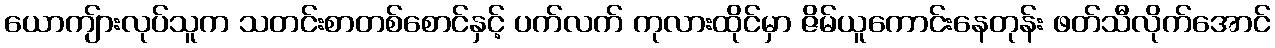
ယောကျ်ားလုပ်သူက သတင်းစာတစ်စောင်နှင့် ပက်လက် ကုလားထိုင်မှာ ဇိမ်ယူကောင်းနေတုန်း ဖတ်သီလိုက်အောင်